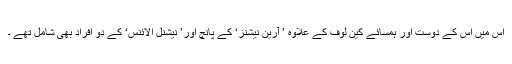
اس میں اس کے دوست اور ہمسائے کین لوف کے علاوہ ’ آرین نیشنز‘ کے پانچ اور’ نیشنل الائنس‘ کے دو افراد بھی شامل تھے ۔